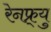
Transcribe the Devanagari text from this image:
रेनफ्र्यु